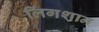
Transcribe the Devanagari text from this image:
लिंगशान